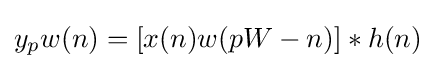
y_{p}w(n)=[x(n)w(pW-n)]*h(n)